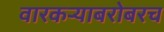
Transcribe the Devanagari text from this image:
वारकऱ्याबरोबरच